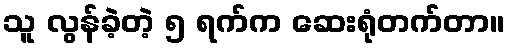
သူ လွန်ခဲ့တဲ့ ၅ ရက်က ဆေးရုံတက်တာ။